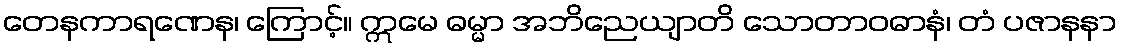
တေနကာရဏေန၊ ကြောင့်။ ဣမေ ဓမ္မာ အဘိညေယျာတိ သောတာဝဓာနံ၊ တံ ပဇာနနာ